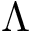
\Lambda